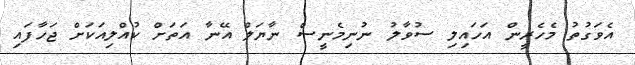
އެވަގުތު މެހެރީން އަހައިލި ސުވާލު ނުނިމެނީސް ނާޔަލް އޭނާ އަތަށް ކުއްލިއަކަށް ޖަހާފައި